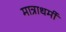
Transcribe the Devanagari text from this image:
मात्राधर्मी